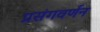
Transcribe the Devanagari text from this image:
प्रसंगवर्णन